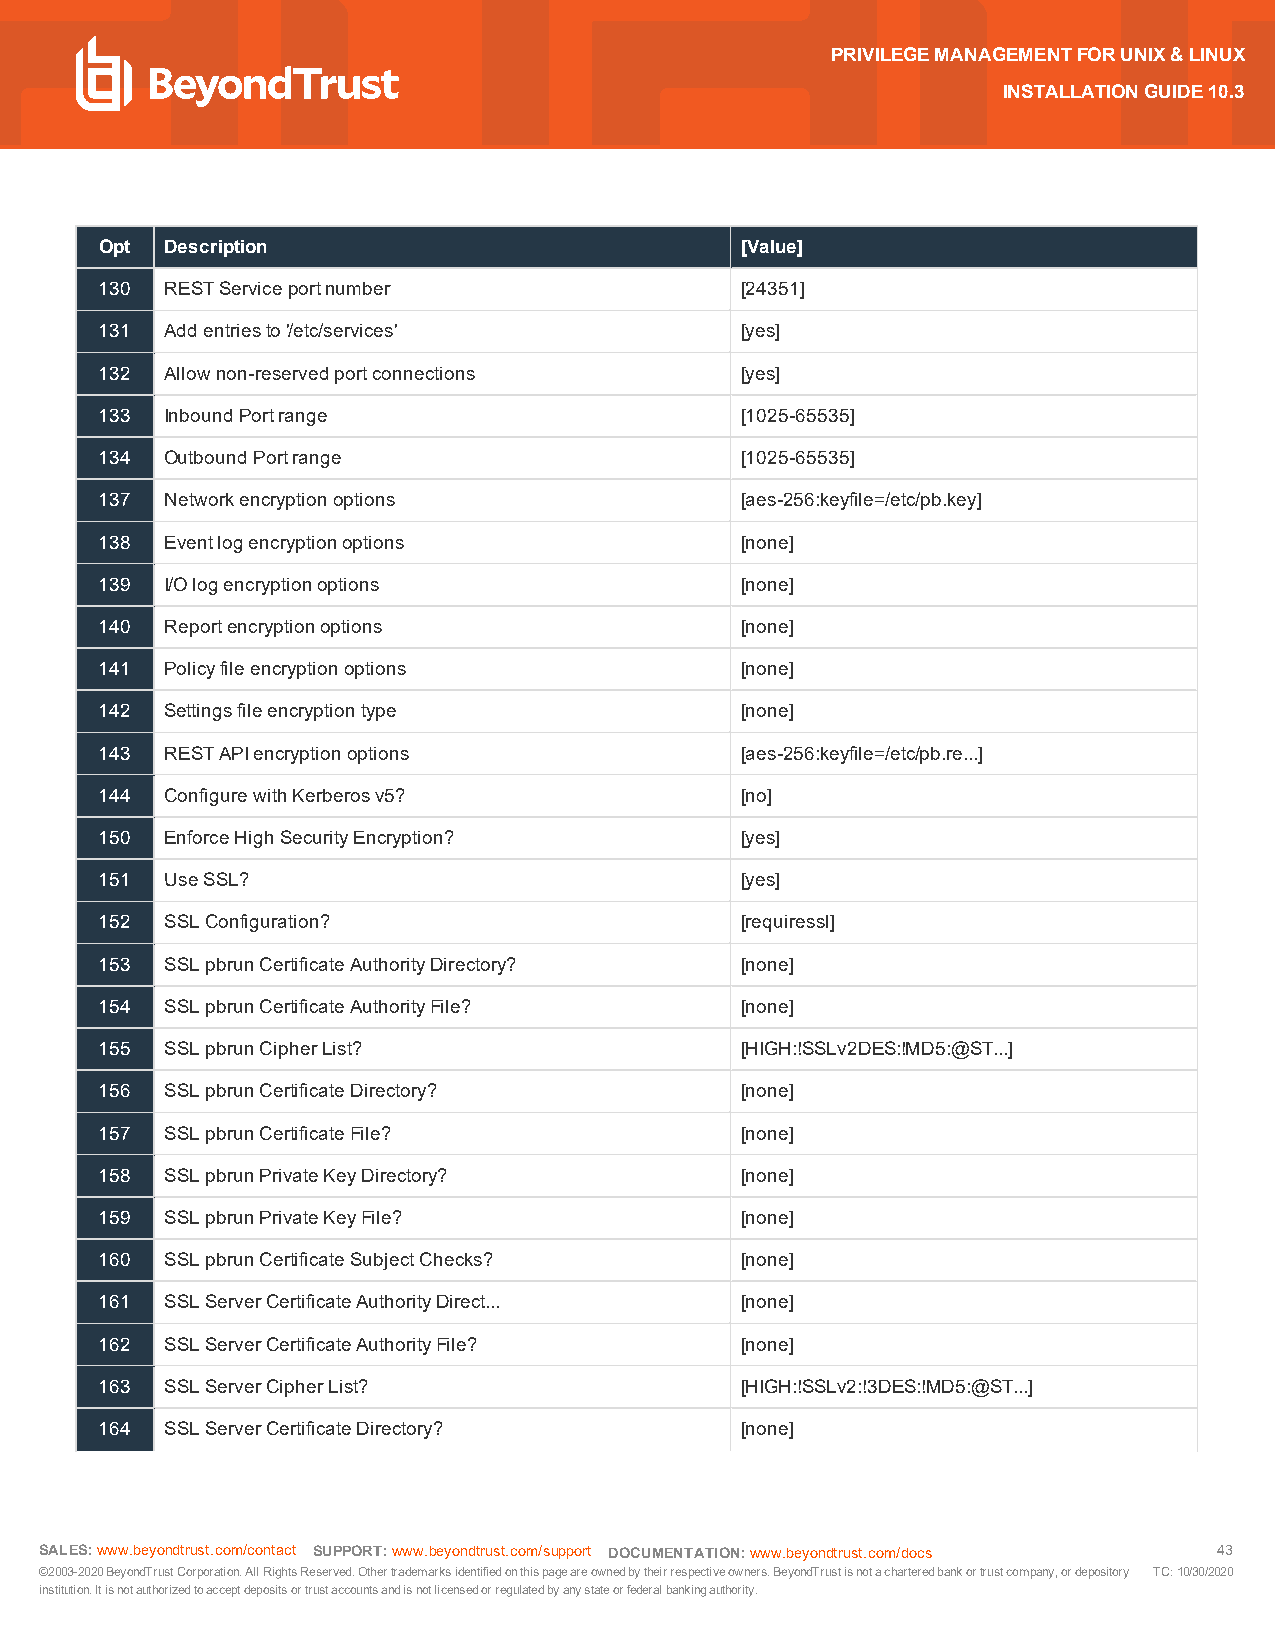
PRIVILEGEMANAGEMENTFORUNIX&LINUX
 INSTALLATIONGUIDE10.3
 Opt Description                           [Value]
 130 RESTServiceportnumber                 [24351]
 131 Addentriesto'/etc/services'           [yes]
 132 Allownon-reservedportconnections      [yes]
 133 InboundPortrange                      [1025-65535]
 134 OutboundPortrange                     [1025-65535]
 137 Networkencryptionoptions              [aes-256:keyfile=/etc/pb.key]
 138 Eventlogencryptionoptions             [none]
 139 I/Ologencryptionoptions               [none]
 140 Reportencryptionoptions               [none]
 141 Policyfileencryptionoptions           [none]
 142 Settingsfileencryptiontype            [none]
 143 RESTAPIencryptionoptions              [aes-256:keyfile=/etc/pb.re...]
 144 ConfigurewithKerberosv5?              [no]
 150 EnforceHighSecurityEncryption?        [yes]
 151 UseSSL?                               [yes]
 152 SSLConfiguration?                     [requiressl]
 153 SSLpbrunCertificateAuthorityDirectory? [none]
 154 SSLpbrunCertificateAuthorityFile?     [none]
 155 SSLpbrunCipherList?                   [HIGH:!SSLv2DES:!MD5:@ST...]
 156 SSLpbrunCertificateDirectory?         [none]
 157 SSLpbrunCertificateFile?              [none]
 158 SSLpbrunPrivateKeyDirectory?          [none]
 159 SSLpbrunPrivateKeyFile?               [none]
 160 SSLpbrunCertificateSubjectChecks?     [none]
 161 SSLServerCertificateAuthorityDirect... [none]
 162 SSLServerCertificateAuthorityFile?    [none]
 163 SSLServerCipherList?                  [HIGH:!SSLv2:!3DES:!MD5:@ST...]
 164 SSLServerCertificateDirectory?        [none]
 SALES:www.beyondtrust.com/contact SUPPORT:www.beyondtrust.com/support DOCUMENTATION:www.beyondtrust.com/docs 43
 ©2003-2020BeyondTrustCorporation.AllRightsReserved.Othertrademarksidentifiedonthispageareownedbytheirrespectiveowners.BeyondTrustisnotacharteredbankortrustcompany,ordepository TC:10/30/2020
 institution.Itisnotauthorizedtoacceptdepositsortrustaccountsandisnotlicensedorregulatedbyanystateorfederalbankingauthority.